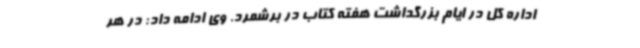
اداره کل در ایام بزرگداشت هفته کتاب در برشمرد. وی ادامه داد: در هر